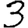
Digit: 3